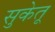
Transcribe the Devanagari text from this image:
सुकेतू